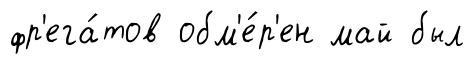
фр'ега́тов обм'е́р'ен май был